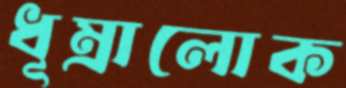
ধূম্রালোক